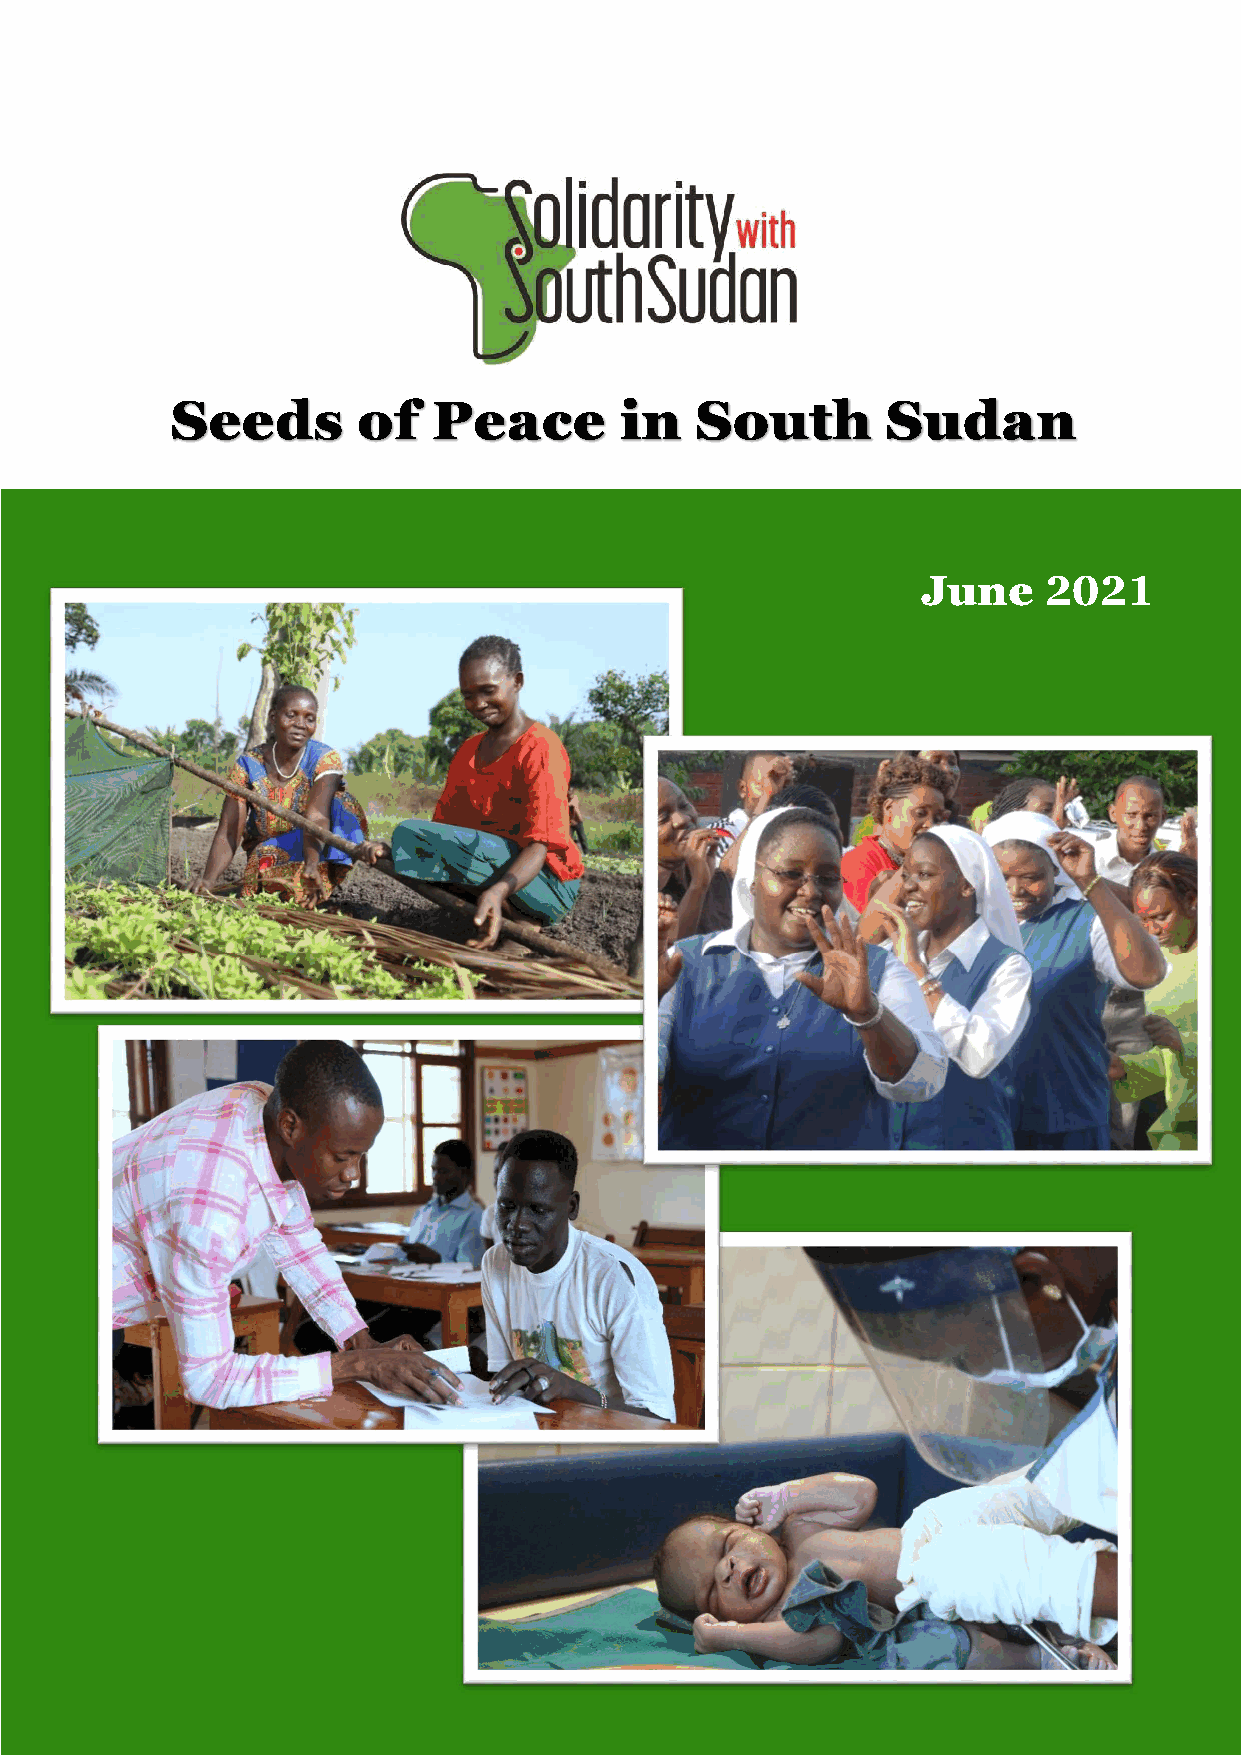
Seeds        of   Peace       in   South        Sudan
 June    2021